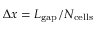
\Delta x = L _ { \mathrm { { g a p } } } / N _ { \mathrm { { c e l l s } } }